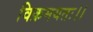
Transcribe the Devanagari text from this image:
विक्रमयतः।।